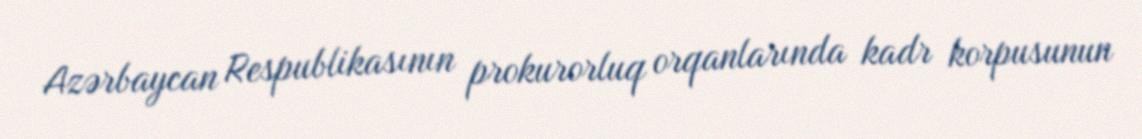
Azərbaycan Respublikasının prokurorluq orqanlarında kadr korpusunun